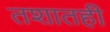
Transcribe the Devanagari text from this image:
तशातही